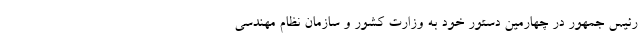
رئیس جمهور در چهارمین دستور خود به وزارت کشور و سازمان نظام مهندسی